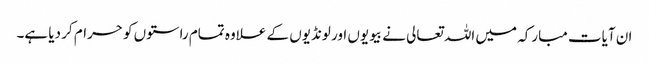
ان آیات مبارکہ میں اللہ تعالی نے بیویوں اور لونڈیوں کے علاوہ تمام راستوں کو حرام کر دیا ہے۔